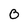
Character: 0